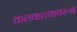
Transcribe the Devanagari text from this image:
कलकत्त्यावरून